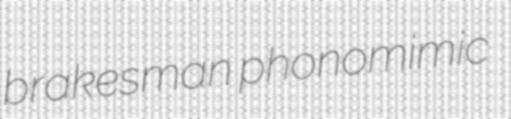
brakesman phonomimic